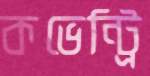
কভেন্ট্রি